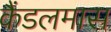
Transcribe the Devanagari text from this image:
कैंडलमास